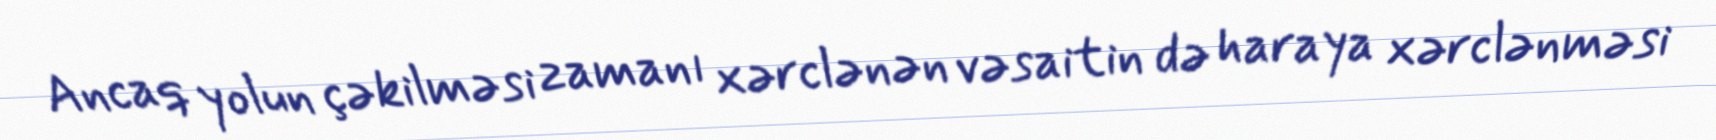
Ancaq yolun çəkilməsi zamanı xərclənən vəsaitin də haraya xərclənməsi